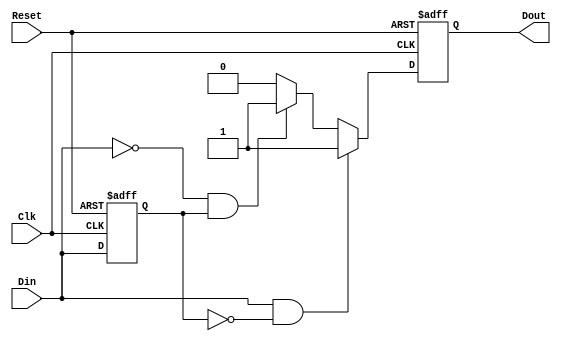
module EdgeDetector (
    input wire Din,      // Signal Input
    input wire Clk,      // Clock
    input wire Reset,    // Asynchronous Reset
    output reg Dout      // Edge Detected Signal
);

    reg previous_state;  // Memory block to store the previous state of Din

    // Process to update the previous state and detect edges
    always @(posedge Clk or posedge Reset) begin
        if (Reset) begin
            previous_state <= 1'b0;  // Initialize previous state to low on reset
            Dout <= 1'b0;            // Clear Dout on reset
        end else begin
            // Edge detection logic
            if (Din && !previous_state) begin
                Dout <= 1'b1;  // Rising edge detected
            end else if (!Din && previous_state) begin
                Dout <= 1'b1;  // Falling edge detected
            end else begin
                Dout <= 1'b0;  // No edge detected
            end
            
            // Update previous state to current state
            previous_state <= Din;
        end
    end

endmodule